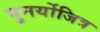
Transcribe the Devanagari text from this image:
पुनर्योजित्र